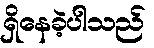
ရှိနေခဲ့ပါသည်